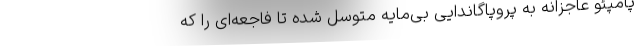
پامپئو عاجزانه به پروپاگاندایی بی‌مایه متوسل شده تا فاجعه‌ای را که